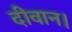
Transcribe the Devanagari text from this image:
दीवान।